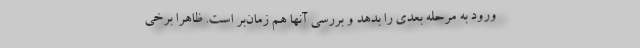
ورود به مرحله بعدی را بدهد و بررسی آنها هم زمان‌بر است. ظاهرا برخی